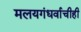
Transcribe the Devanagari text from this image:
मलयगंधर्वाचीही